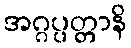
အဂ္ဂပ္ပတ္တာနိ